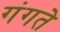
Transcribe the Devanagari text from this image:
गंगते